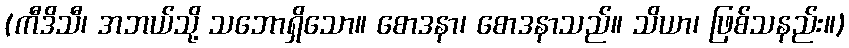
(ကီဒိသီ၊ အဘယ်သို့ သဘောရှိသော။ စောဒနာ၊ စောဒနာသည်။ သိယာ၊ ဖြစ်သနည်း။)